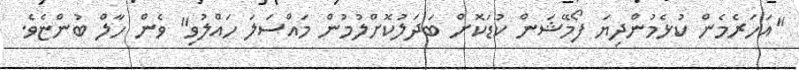
"އަހަރެމެން ކުޅެމުންދިޔަ ފޯމޭޝަން ކުޑަކޮށް ބަދަލުކޮށްލުމުން މައްސަލަ ހައްލުވި" ވެން ހާލް ބުންޏެވެ.